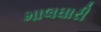
માલઘારી